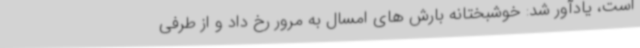
است، یادآور شد: خوشبختانه بارش های امسال به مرور رخ داد و از طرفی